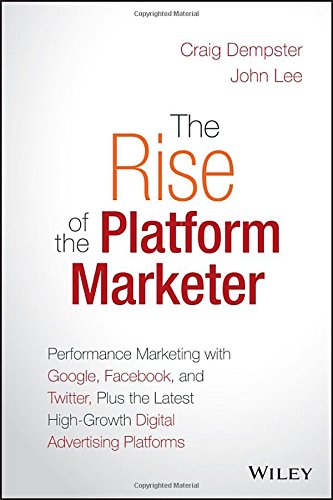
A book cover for The Rise of the Platform Marketer: Performance Marketing with Google, Facebook, and Twitter, Plus the Latest High-Growth Digital Advertising Platforms; Craig Dempster; Business & Money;